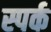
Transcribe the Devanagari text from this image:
स्पर्क